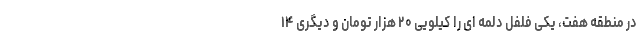
در منطقه هفت، یکی فلفل دلمه ای را کیلویی ۲۰ هزار تومان و دیگری ۱۴